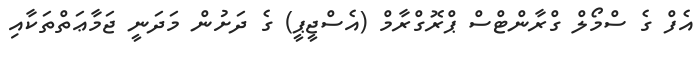
އެފް ގެ ސްމޯލް ގްރާންޓްސް ޕްރޮގްރާމް (އެސްޖީޕީ) ގެ ދަށުން މަދަނީ ޖަމާޢަތްތަކާއި